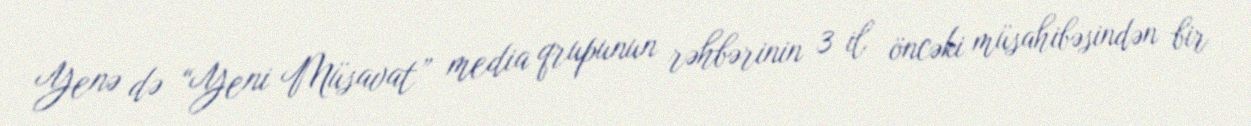
Yenə də “Yeni Müsavat” media qrupunun rəhbərinin 3 il öncəki müsahibəsindən bir